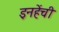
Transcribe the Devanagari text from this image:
इनहेंची